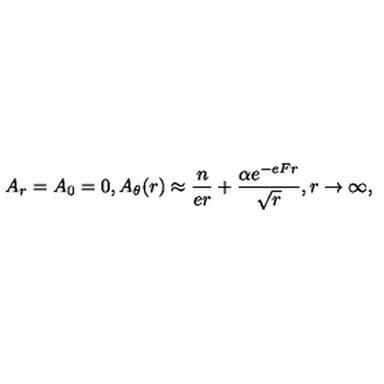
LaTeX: A _ { r } = A _ { 0 } = 0 , A _ { \theta } ( r ) \approx { \frac { n } { e r } } + { \frac { \alpha e ^ { - e F r } } { \sqrt r } } , r \to \infty ,